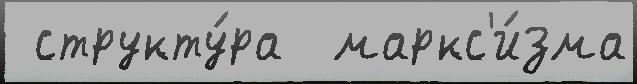
 структу́ра  маркс'и́зма